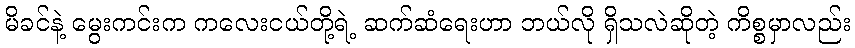
မိခင်နဲ့ မွေးကင်းက ကလေးငယ်တို့ရဲ့ ဆက်ဆံရေးဟာ ဘယ်လို ရှိသလဲဆိုတဲ့ ကိစ္စမှာလည်း